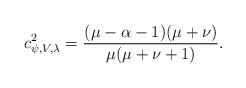
LaTeX: \begin{align*}c^2_{\psi, V,\lambda}=\frac{(\mu-\alpha-1)(\mu+\nu)}{\mu(\mu+\nu+1)}.\end{align*}